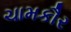
ચામકૌર